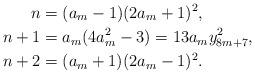
LaTeX: \begin{align*} n &= (a_{m} - 1) (2 a_{m} + 1)^{2},\\ n+1 &= a_{m} (4 a_{m}^{2} - 3) = 13 a_{m} y_{8m+7}^{2}, \\ n+2 &= (a_{m} + 1) (2 a_{m} - 1)^{2}.\\\end{align*}